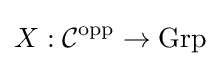
X:{\mathcal {C}}^{\text{opp}}\to \mathrm {Grp}